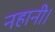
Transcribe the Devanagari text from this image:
नहानी।